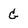
Character: G